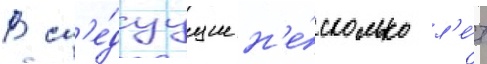
В сл'е́дуущие н'е́сколько л'е́т